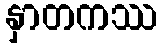
နှာတကဿ